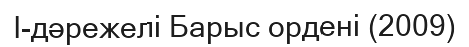
I-дәрежелі Барыс ордені (2009)